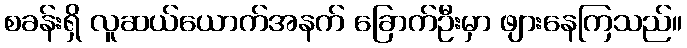
စခန်းရှိ လူဆယ်ယောက်အနက် ခြောက်ဦးမှာ ဖျားနေကြသည်။